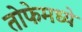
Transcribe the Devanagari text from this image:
तोफेमध्ये